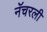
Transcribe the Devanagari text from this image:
नॅचरली